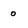
Character: 0